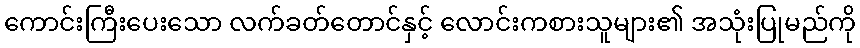
ကောင်းကြီးပေးသော လက်ခတ်တောင်နှင့် လောင်းကစားသူများ၏ အသုံးပြုမည်ကို